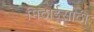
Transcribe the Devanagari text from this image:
मिठाईसाठी